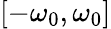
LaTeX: [-\omega_{0},\omega_{0}]